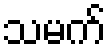
သမက်